Civil Veterinary Department. Madras. Admin. report 1910-25 - 1910-1925
Year: 1910
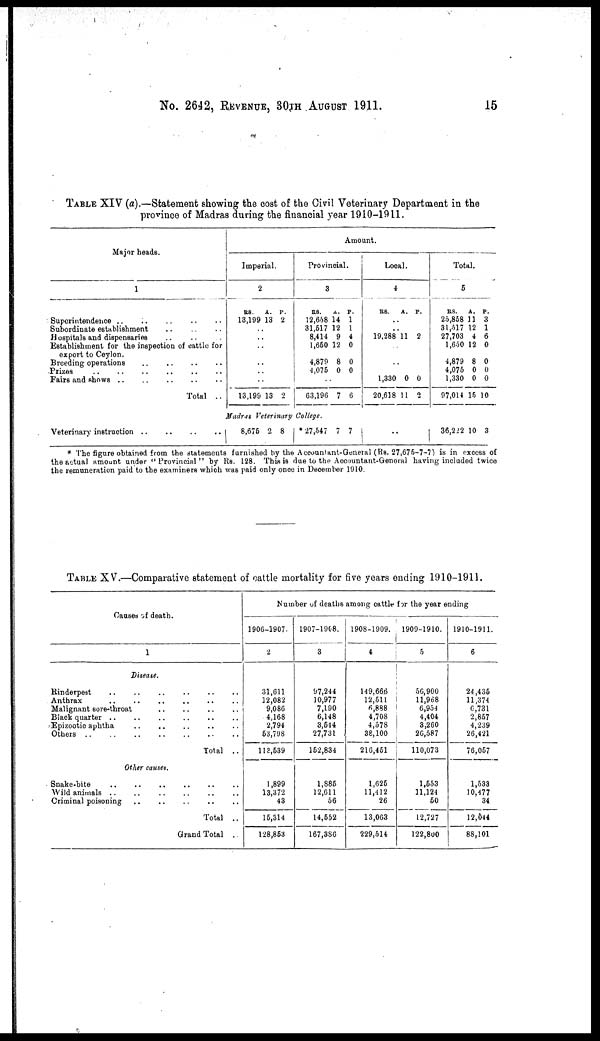
No. 2642, REVENUE, 30TH AUGUST 1911.
15
TABLE XIV (a).—Statement showing the cost of the Civil Veterinary Department in the
province of Madras during the financial year 1910-1911.
Major heads.
1
Superintendence
..
..
..
..
..
Subordinate establishment
..
..
..
Hospitals and dispensaries .. .. ..
Establishment for the inspection of cattle for
export to Ceylon.
Breeding operations .. .. .. ..
Prizes .. .. .. .. .. ..
Fairs and shows
..
..
..
..
..
..
Total ..
Veterinary instruction
..
..
..
..
Amount.
Imperial.
2
Rs.
13,109
..
..
..
..
..
..
13,199
A.
13
13
P.
2
2
Provincial.
3
Rs.
12,658
31,617
8,414
1,660
4,879
4,075
..
63,196
Madras Veterinary College.
8,676 2 8
*27,647
A.
14
12
9
12
8
0
7
P.
1
1
4
0
0
0
6
7 7
Local.
4
Rs.
..
..
19.288
..
.. 1,330
20,618
A.
11
0
11
P.
2
0
2
..
Total.
5
Rs.
25,868
31,517
27,703
1,650
4,879
4,076
1,330
97,014
A.
11
12
4
12
8
0
0
16 1
P.
3
1
6
0
0
0
0
0
36,222 10 3
* The figure obtained from the statements furnished by the Accountant-General (Rs. 27,676-7-7) is in excess of
the actual amount under " Provincial " by Rs. 128. This is due to the Accountant-General having included twice
the remuneration paid to the examiners which was paid only once in December 1910.
TABLE XV.—Comparative statement of cattle mortality for five years ending 1910-1911.
Causes of death.
1
Disease.
Rinderpest
..
..
..
..
Anthrax .. .. .. .. .. ..
Malignant sore-throat .. .. .. ..
Black quarter .. .. .. .. .. ..
Epizootic aphtha .. .. .. .. ..
Others ..
..
..
..
..
..
..
Total ..
Other causes.
Snake-bite .. .. .. .. .. ..
Wild animals
..
..
..
..
Criminal poisoning .. .. .. .. .. ..
Total ..
Grand Total ..
Number of deaths among cattle for the year ending
1906-1907.
2
31,611
12,082
9,086
4,168
2,794
63,798
113,539
1,899
13,372
43
15,314
128,853
1907-1908.
3
97,244
10,977
7,190
6,148
8,644
27,731
162,834
1,886
12,611
56
14,552
167,386
1908-1909.
4
149,666
12,511
6,888
4,708
4,578
38,100
216,451
1,626
11,412
26
13,063
229,614
1909-1910.
5
56,900
11,968
6,954
4,404
3,260
26,587
110,073
1,653
11,124
60
12,727
122,800
1910-1911.
6
24,436
11,374
6,731
2,867
4,239
26,421
76,067
1,633
10,477
34
12,644
88,101